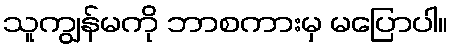
သူကျွန်မကို ဘာစကားမှ မပြောပါ။